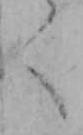
く